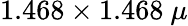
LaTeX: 1.468\times 1.468~\mu